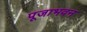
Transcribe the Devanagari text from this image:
पूजाभवन